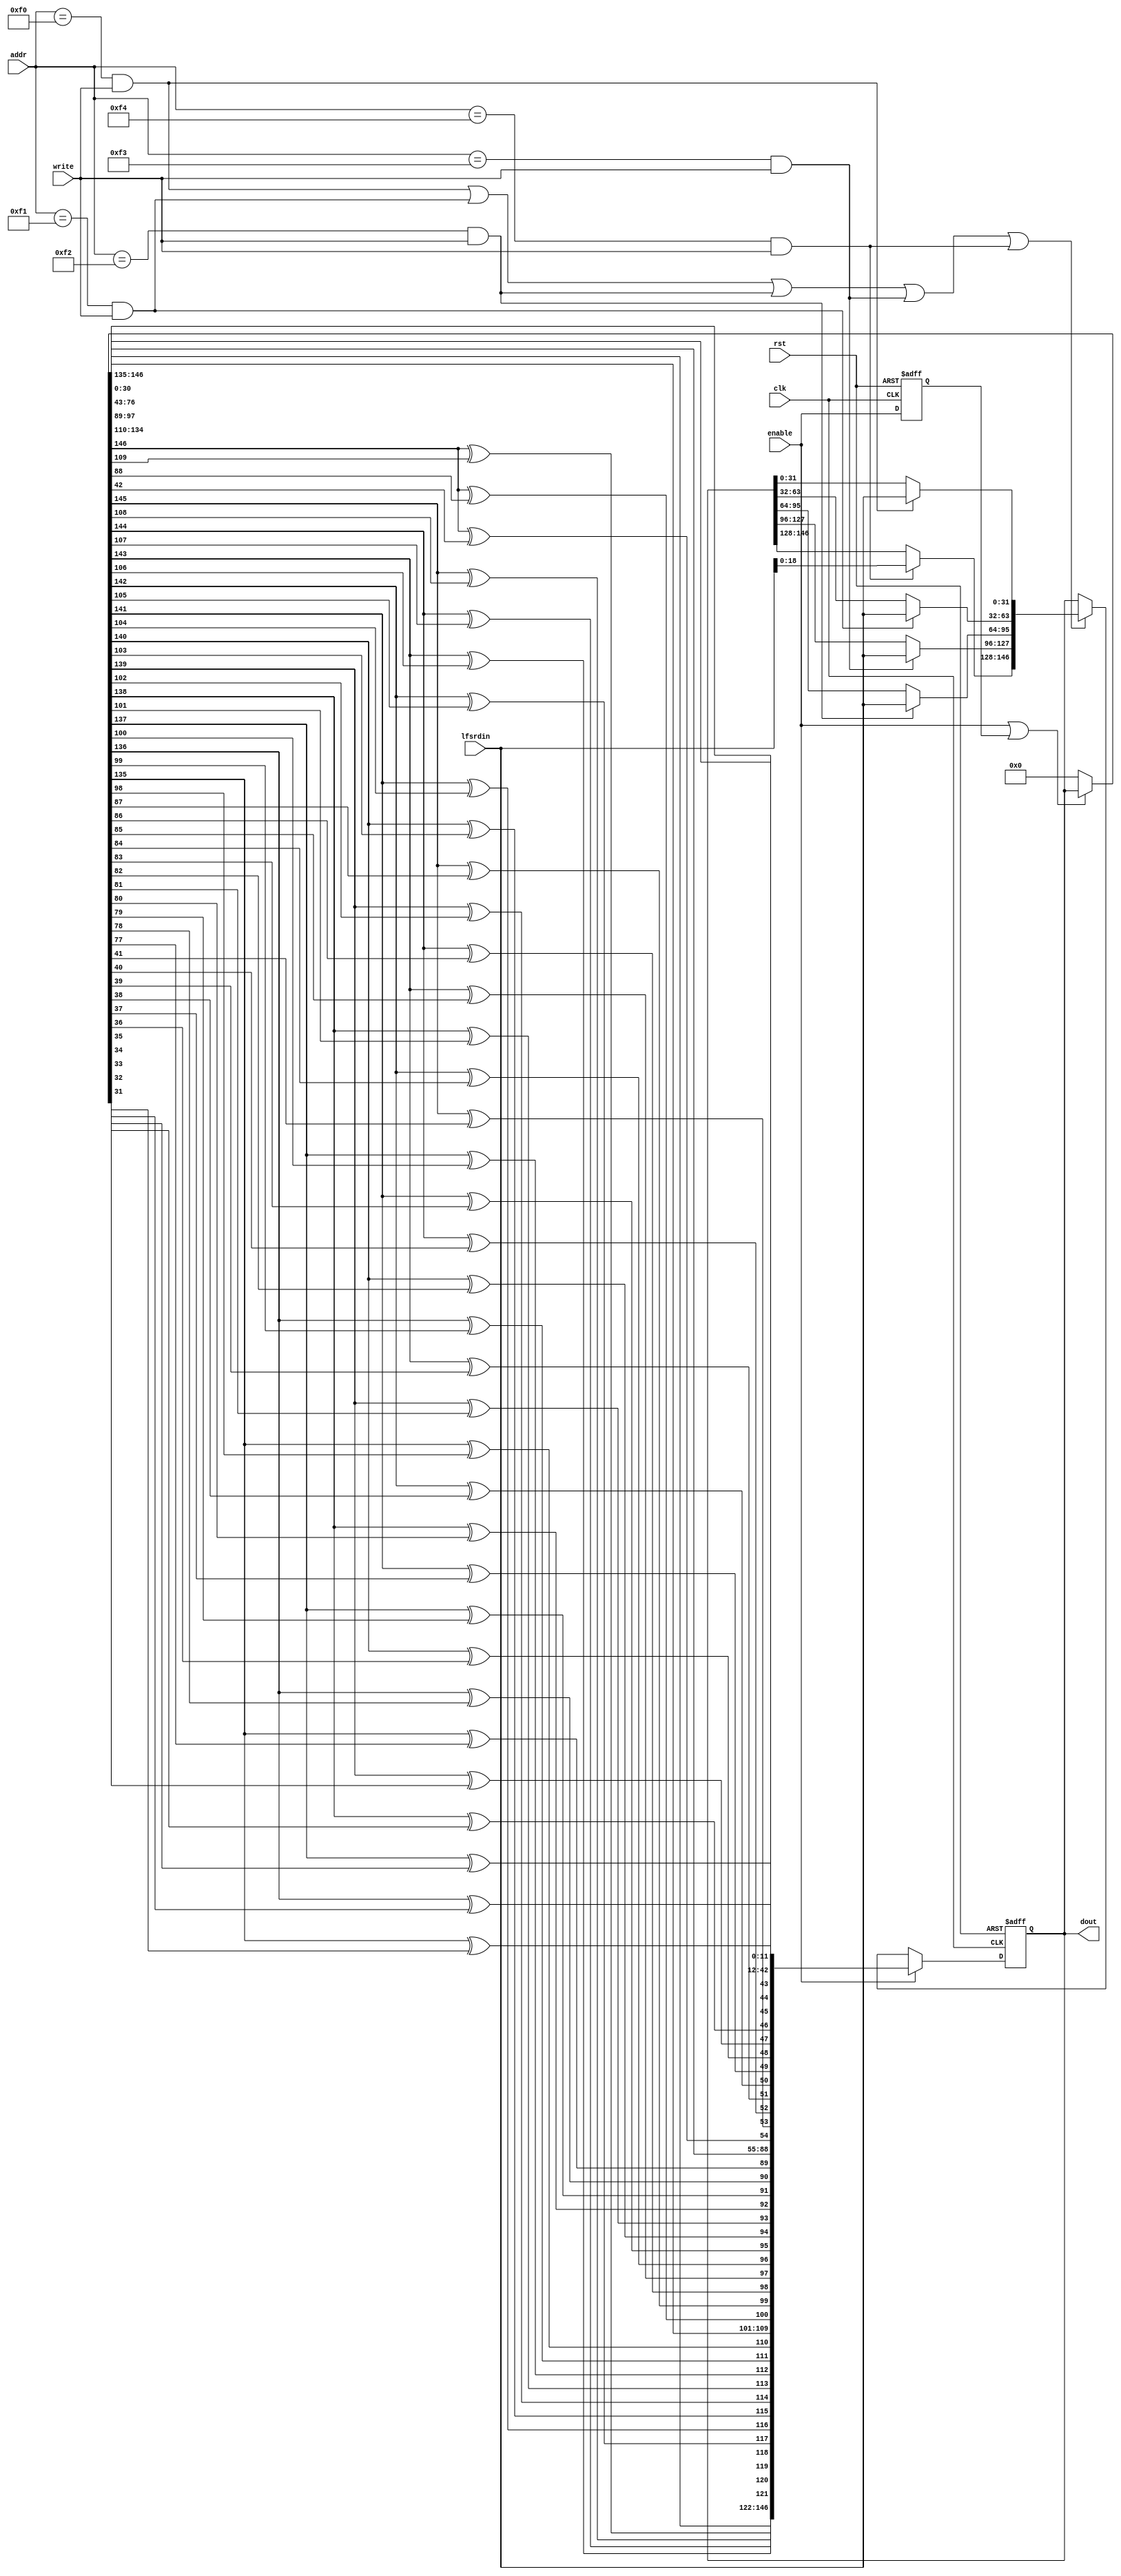
`timescale 1ns/10ps
module primary_lfsr_14 #(
parameter POLY_WIDTH = 147,
parameter NUM_OF_STEPS = 12
) 
(
input           clk,
input           rst,
input           enable,
input           write,
input    [11:0] addr,
input    [31:0] lfsrdin,
output   [(POLY_WIDTH-1):0] dout  
);

wire [(POLY_WIDTH-1):0] lfsr_ld_data_c;   
wire         lfsr_ld_c;
wire [(POLY_WIDTH-1):0] lfsr_reg_c;            
wire [(POLY_WIDTH-1):0] temp_c[(NUM_OF_STEPS-1):0],shift;  
reg  [(POLY_WIDTH-1):0] lfsr_reg;           
reg          enable_d;            

wire        load_wrd_0;
wire        load_wrd_1;
wire        load_wrd_2;
wire        load_wrd_3;
wire        load_wrd_4;

assign shift = (enable | enable_d) ? lfsr_reg : 0;
assign dout = lfsr_reg;



assign load_wrd_0 =  (addr == 12'h0f0) & write;  
assign load_wrd_1 =  (addr == 12'h0f1) & write;
assign load_wrd_2 =  (addr == 12'h0f2) & write;  
assign load_wrd_3 =  (addr == 12'h0f3) & write;
assign load_wrd_4 =  (addr == 12'h0f4) & write;  



assign lfsr_ld_data_c[31:0] =  ( load_wrd_0  ) ? lfsrdin : lfsr_reg[31:0];
assign lfsr_ld_data_c[63:32] =  ( load_wrd_1 ) ? lfsrdin : lfsr_reg[63:32];
assign lfsr_ld_data_c[95:64] =  ( load_wrd_2 ) ? lfsrdin : lfsr_reg[95:64];
assign lfsr_ld_data_c[127:96] =  ( load_wrd_3 ) ? lfsrdin : lfsr_reg[127:96];
assign lfsr_ld_data_c[(POLY_WIDTH-1):128] =  ( load_wrd_4  ) ? lfsrdin : lfsr_reg[(POLY_WIDTH-1):128];           







assign lfsr_ld_c = (load_wrd_0  | load_wrd_1 |
                    load_wrd_2  | load_wrd_3 |
                    load_wrd_4);


assign temp_c[0] = {shift[145:110],
                    shift[(POLY_WIDTH-1)]^shift[109],
                    shift[108:89],
                    shift[(POLY_WIDTH-1)]^shift[88],
                    shift[87:43],
                    shift[(POLY_WIDTH-1)]^shift[42],
                    shift[41:0],                    
                    shift[(POLY_WIDTH-1)]};

assign lfsr_reg_c = (enable) ? temp_c[11] : (lfsr_ld_c) ? lfsr_ld_data_c : lfsr_reg; 

genvar i;

generate
  for (i=1; i<=(NUM_OF_STEPS-1); i=i+1) begin:shifter

   assign temp_c[i] = {temp_c[i-1][145:110],
                       temp_c[i-1][(POLY_WIDTH-1)]^temp_c[i-1][109],
                       temp_c[i-1][108:89],
                       temp_c[i-1][(POLY_WIDTH-1)]^temp_c[i-1][88],
                       temp_c[i-1][87:43],
                       temp_c[i-1][(POLY_WIDTH-1)]^temp_c[i-1][42],
                       temp_c[i-1][41:0],
                       temp_c[i-1][(POLY_WIDTH-1)]};
                       
  end
endgenerate

always @ ( posedge clk or posedge rst )
begin
  if (rst) 
  begin
    lfsr_reg     <= #1 1'b0; 
    enable_d     <= #1 1'b0;
  end
  else
  begin
    enable_d <= #1 enable;
    lfsr_reg <= #1 lfsr_reg_c;
  end
end

endmodule